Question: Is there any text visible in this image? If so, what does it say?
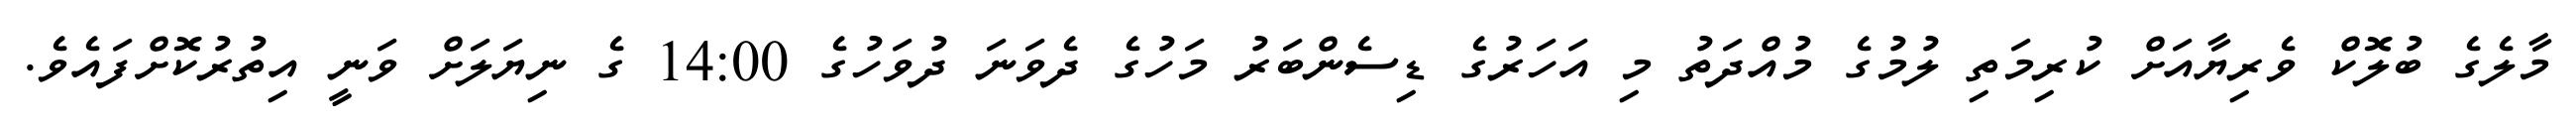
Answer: މާލެގެ ބުލޮކް ވެރިޔާއަށް ކުރިމަތި ލުމުގެ މުއްދަތު މި އަހަރުގެ ޑިސެންބަރު މަހުގެ ދެވަނަ ދުވަހުގެ 14:00 ގެ ނިޔަލަށް ވަނީ އިތުރުކޮށްފައެވެ.